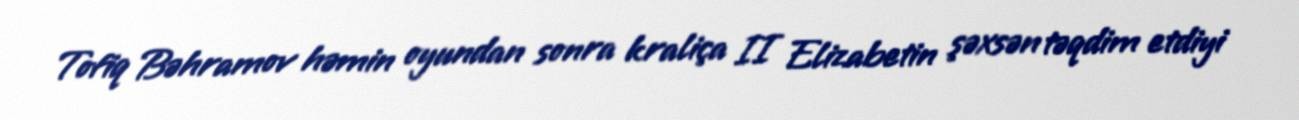
Tofiq Bəhramov həmin oyundan sonra kraliça II Elizabetin şəxsən təqdim etdiyi